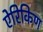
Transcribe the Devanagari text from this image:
ऐरिकिण